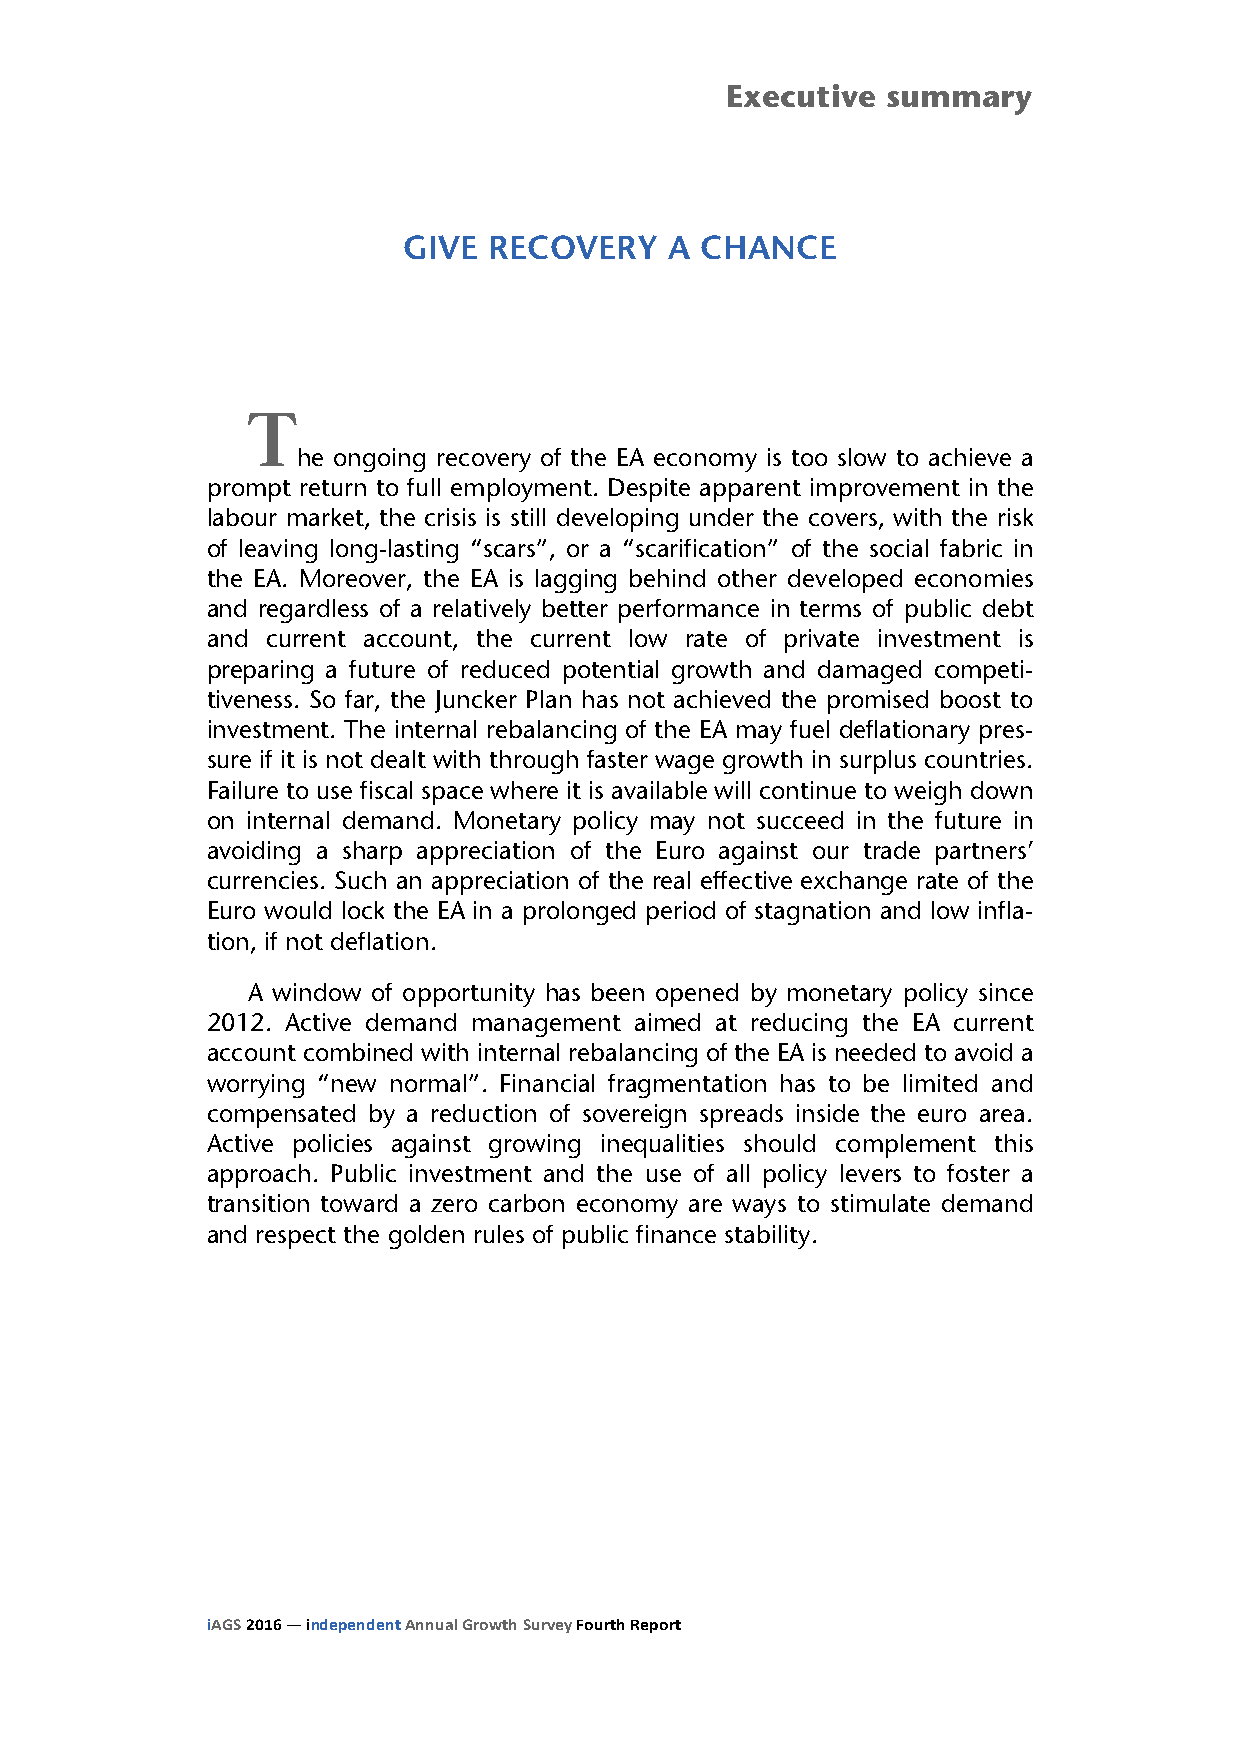
Executive  summary
 GIVE RECOVERY    A CHANCE
 T
 he ongoing recovery of the EA economy is too slow to achieve a
 prompt return to full employment. Despite apparent improvement in the
 labour market, the crisis is still developing under the covers, with the risk
 of leaving long-lasting “scars”, or a “scarification” of the social fabric in
 the EA. Moreover, the EA is lagging behind other developed economies
 and regardless of a relatively better performance in terms of public debt
 and current account, the current low rate of private investment is
 preparing a future of reduced potential growth and damaged competi-
 tiveness. So far, the Juncker Plan has not achieved the promised boost to
 investment. The internal rebalancing of the EA may fuel deflationary pres-
 sure if it is not dealt with through faster wage growth in surplus countries.
 Failure to use fiscal space where it is available will continue to weigh down
 on internal demand. Monetary policy may not succeed in the future in
 avoiding a sharp appreciation of the Euro against our trade partners’
 currencies. Such an appreciation of the real effective exchange rate of the
 Euro would lock the EA in a prolonged period of stagnation and low infla-
 tion, if not deflation.
 A window of opportunity has been opened by monetary policy since
 2012. Active demand management aimed at reducing the EA current
 account combined with internal rebalancing of the EA is needed to avoid a
 worrying “new normal”. Financial fragmentation has to be limited and
 compensated by a reduction of sovereign spreads inside the euro area.
 Active policies against growing inequalities should complement this
 approach. Public investment and the use of all policy levers to foster a
 transition toward a zero carbon economy are ways to stimulate demand
 and respect the golden rules of public finance stability.
 iAGS 2016 — independent Annual Growth Survey Fourth Report